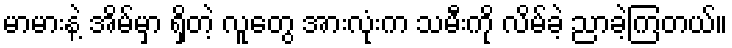
မာမားနဲ့ အိမ်မှာ ရှိတဲ့ လူတွေ အားလုံးက သမီးကို လိမ်ခဲ့ ညာခဲ့ကြတယ်။